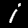
Label: 1